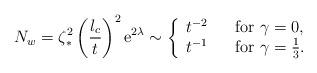
LaTeX: \begin{align*}N_w = \zeta^2_\ast \left( \frac{l_c}{t} \right)^2 \mathrm{e}^{2\lambda} \sim \left\{ \begin{array}{ll} t^{-2} & \textrm{\,\,\, for } \gamma=0, \\ t^{-1} & \textrm{\,\,\, for } \gamma=\frac{1}{3}. \end{array} \right.\end{align*}